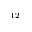
^ { 1 2 }